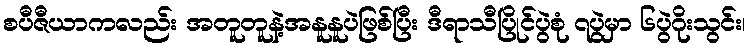
စပီဇီယာကလည်း အတူတူနဲ့အနူနူပဲဖြစ်ပြီး ဒီရာသီပြိုင်ပွဲစုံ ၇ပွဲမှာ ၆ပွဲဂိုးသွင်း၊